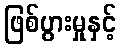
ဖြစ်ပွားမှုနှင့်